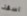
اسفة